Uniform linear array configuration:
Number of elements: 32
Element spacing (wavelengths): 0.5
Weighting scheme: hamming
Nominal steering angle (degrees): -30
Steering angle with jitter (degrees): -31.066
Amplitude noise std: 0.05
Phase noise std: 0.05

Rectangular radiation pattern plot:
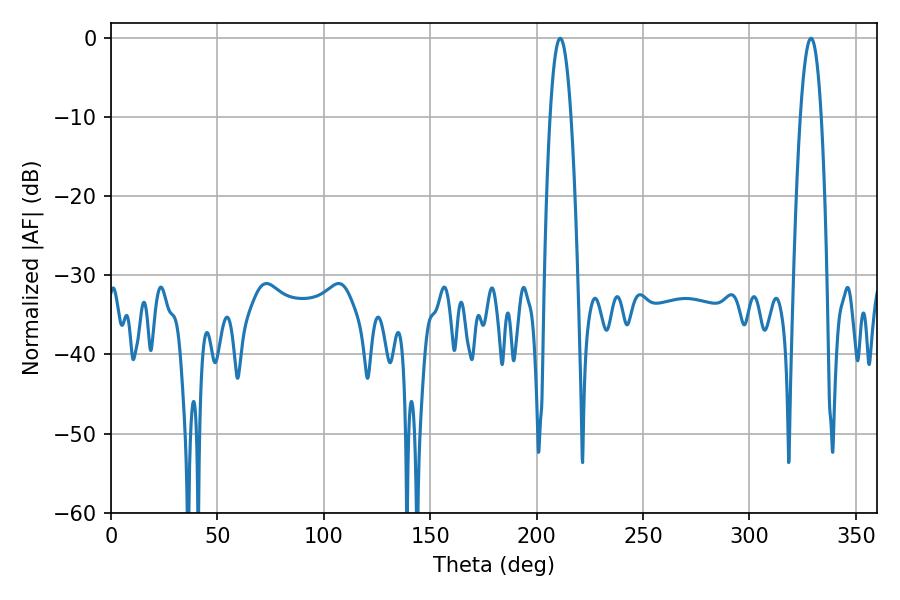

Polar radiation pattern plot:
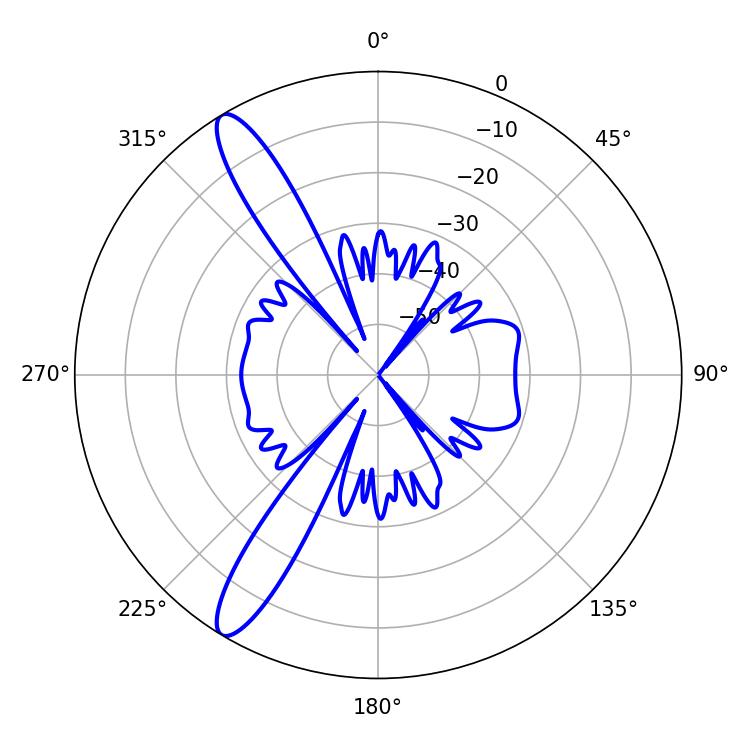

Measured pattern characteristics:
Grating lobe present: FALSE
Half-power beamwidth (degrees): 5.4
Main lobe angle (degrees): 211.14